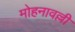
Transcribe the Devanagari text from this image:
मोहनावल्ली